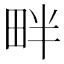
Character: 畔